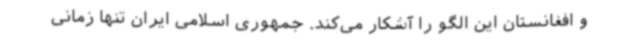
و افغانستان این الگو را آشکار می‌کند. جمهوری اسلامی ایران تنها زمانی